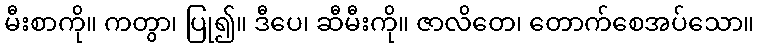
မီးစာကို။ ကတွာ၊ ပြု၍။ ဒီပေ၊ ဆီမီးကို။ ဇာလိတေ၊ တောက်စေအပ်သော။